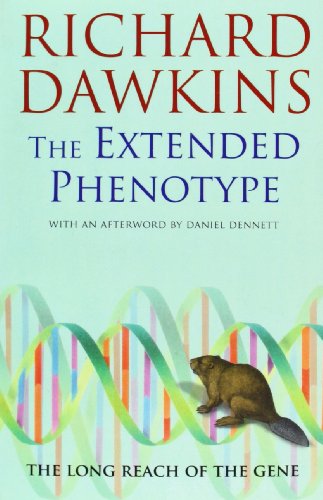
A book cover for The Extended Phenotype: The Long Reach of the Gene (Popular Science); Richard Dawkins; Medical Books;